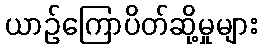
ယာဉ်ကြောပိတ်ဆို့မှုများ